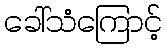
ခေါ်သံကြောင့်